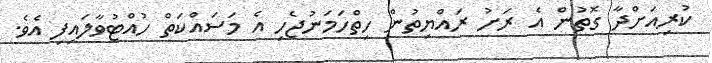
ކުރިއަށްދާ ގޮތުން އެ ރަށު ރައްޔިތުން ހިތްހަމަނުޖެހި އެ މަސައްކަތް ހުއްޓުވާލައިފި އެވެ.